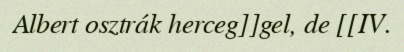
Albert osztrák herceg]]gel, de [[IV.